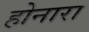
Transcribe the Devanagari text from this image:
होनारा